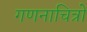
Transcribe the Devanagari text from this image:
गणनाचित्रों